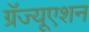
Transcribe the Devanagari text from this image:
ग्रॅज्यूएशन